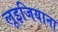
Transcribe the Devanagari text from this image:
लूइजियाना